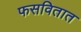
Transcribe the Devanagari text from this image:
फसवितात